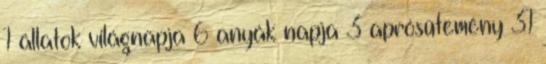
1 állatok világnapja 6 anyák napja 3 aprósütemény 31